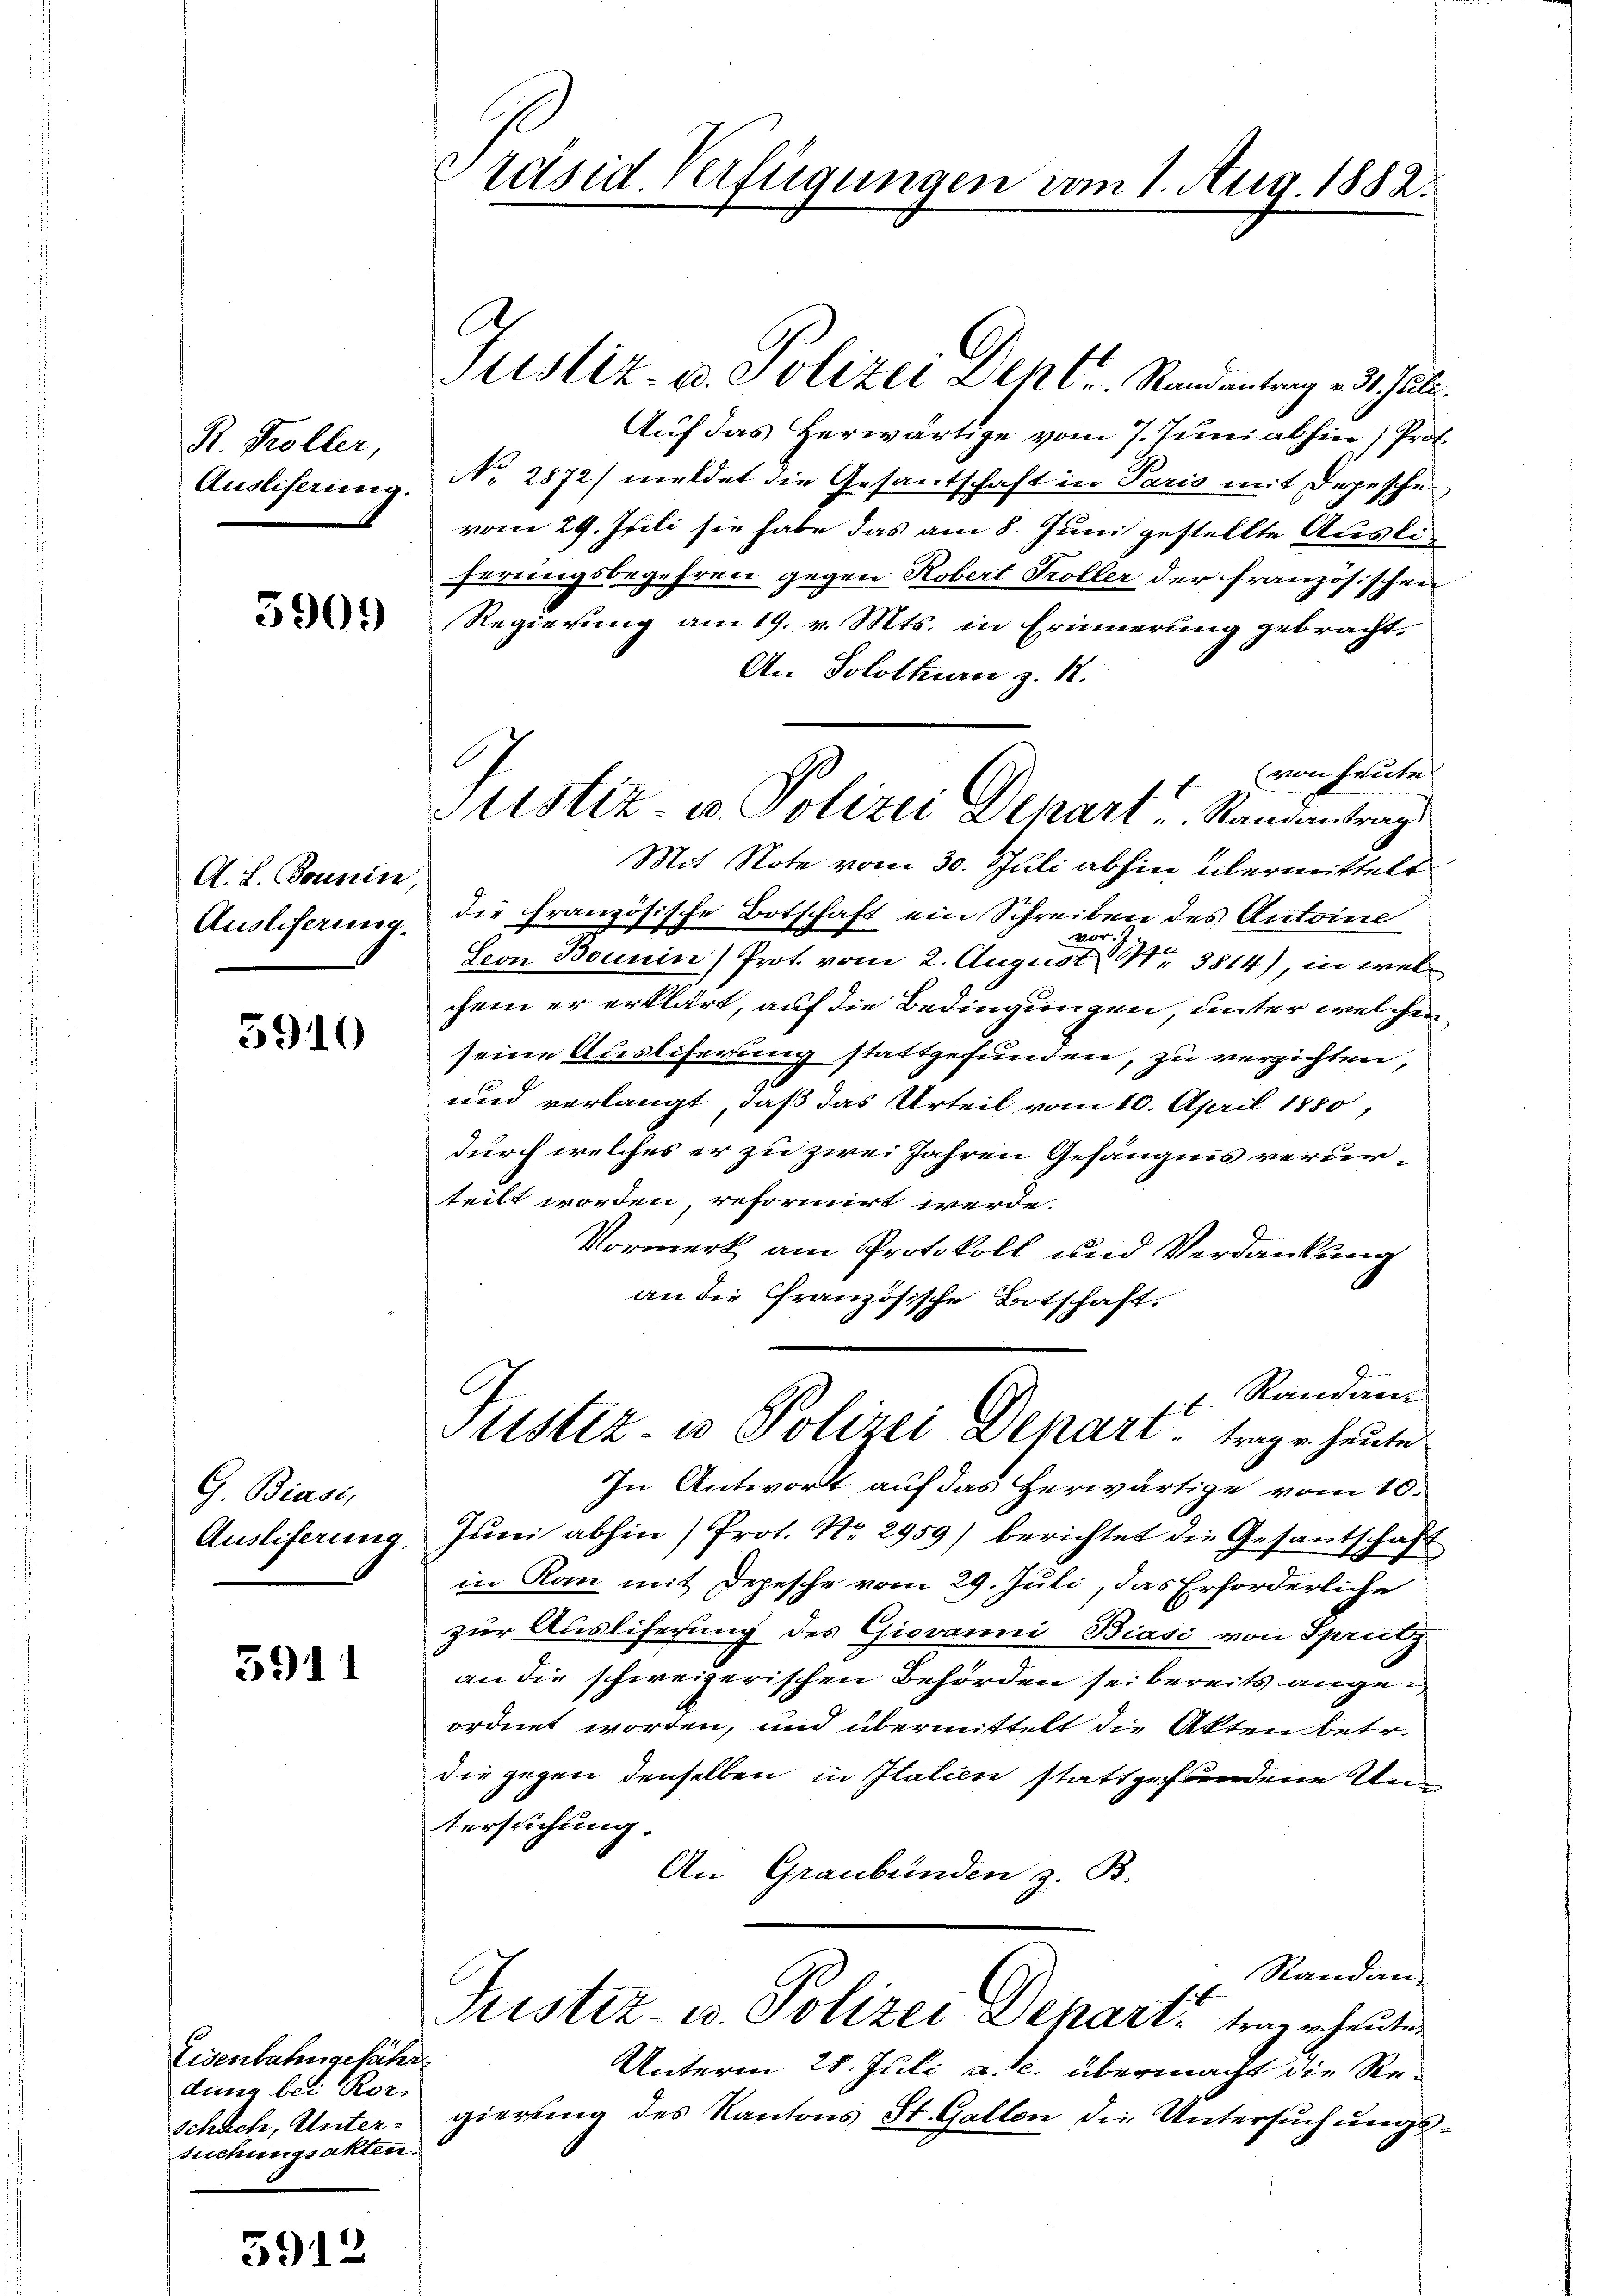
R. Koller,
Ausliserung.

5909

3910

G. Biasi,
Auslieferung.

3911

5912

Präsid. Verfügungen vom 1. Aug. 1882.

A. L. Bennin
Auslieferung.

Eisenbahngeführe
dung bei Rorsuchungsakten.

C
Justiz- u. Polizei Dehlr. Randantrag v. 31. Juli.
Aŭf das Herwärtige vom 7. Juni abhin (Prof.
No. 2872) meldet die Gesantschaft in Paris mit Depesche
vom 29. Juli sie habe das am 8. Juni gestellte Ausliferungsbegehren gegen Robert Troller der französischen
Regierung am 19. v. Mts. in Erinnerung gebracht.
An Solothurn z. 12.
(von heute
Mit Note vom 30. Juli abhin übermittelt
die Französische Botschaft ein Schreiben des Antoine
er
Seon Bounin) Prot. vom 2. August 11. 3814), in welchem er erklärt, auf die Bedingungen, unter welchen
seine Auslieferung stattgefunden, zu verzichten,
und verlangt, daß das Urteil vom 10. April 1880,
durch welches er zu zwei Jahren Gefängnis verurteilt worden, reformirt werde.
Vormerk am Protokoll und Verdankung
an die Französische Botschaft.
 Randam
Sistiz- u Polizei Depart trage heute
In Antwort auf das herwärtige vom 10.
Juni abhin) Prot. No. 2959) berichtet die Gesantschaft
in Kan mit Depesche vom 29. Juli, das Erforderliche
zur Ausliferung des Giovanni Biasi von Spritz
an die schweizerischen Behörden sei bereits angeordnet worden, und übermittelt die Akten betr.
die gegen denselben in Italien stattgefundene Un
tersuchung.
An Graubünden z. B.
Randan-
14
Justiz- u. Polizei Depart. trage heuten
Unterm 28. Juli a. M. übermacht die Reschach, Unter- gierung des Kantons St. Gallen die Untersuchungs¬

Stistiz- u. Polizei Depart Randantrags